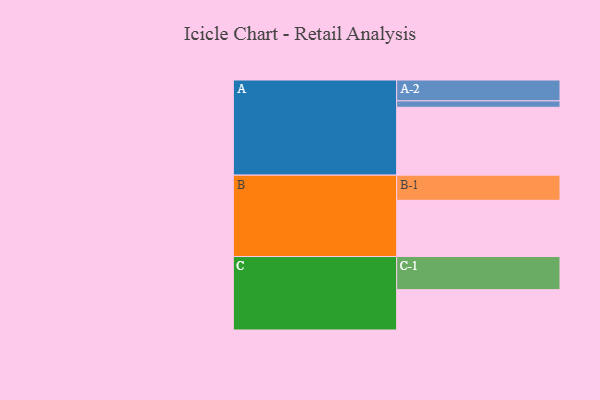
{"axis": {"x": "Segment", "y": "Value"}, "legend": ["", "A", "B", "C"], "data": [{"x": "A", "y": 582, "type": ""}, {"x": "B", "y": 482, "type": ""}, {"x": "C", "y": 346, "type": ""}, {"x": "A-1", "y": 55, "type": "A"}, {"x": "A-2", "y": 179, "type": "A"}, {"x": "B-1", "y": 216, "type": "B"}, {"x": "C-1", "y": 284, "type": "C"}]}